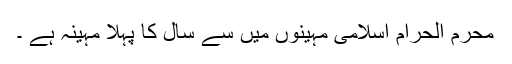
محرم الحرام اسلامی مہینوں میں سے سال کا پہلا مہینہ ہے ۔